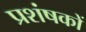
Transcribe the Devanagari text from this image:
प्रशंषकों